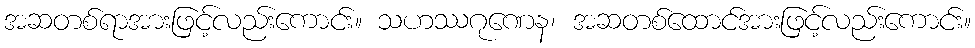
အဆတစ်ရာအားဖြင့်လည်းကောင်း။ သဟဿဂုဏေန၊ အဆတစ်ထောင်အားဖြင့်လည်းကောင်း။